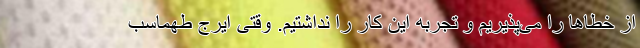
از خطاها را می‌پذیریم و تجربه این کار را نداشتیم. وقتی ایرج طهماسب